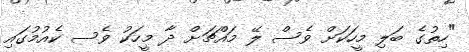
"ހިތުގެ ބަލި މީހަކަށް ވެސް ލޭ މައްޗަށް ދާ މީހަކު ވެސ ކެއުމުގައި